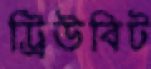
ট্রিউবিট